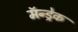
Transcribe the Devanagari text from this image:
मॅन्ड्रेक